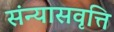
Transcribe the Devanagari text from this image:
संन्यासवृत्ति